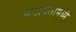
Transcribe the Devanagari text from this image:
मनोगतामध्ये